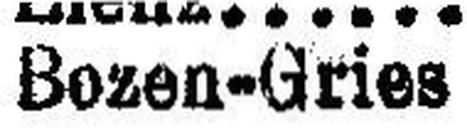
Boren-Gries